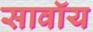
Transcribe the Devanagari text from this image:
सावॉय